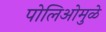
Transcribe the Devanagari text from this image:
पोलिओमुळे